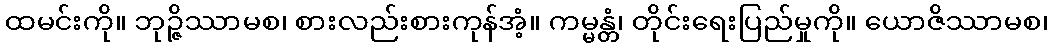
ထမင်းကို။ ဘုဉ္ဇိဿာမစ၊ စားလည်းစားကုန်အံ့။ ကမ္မန္တံ၊ တိုင်းရေးပြည်မှုကို။ ယောဇိဿာမစ၊